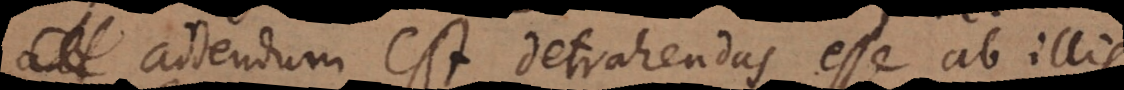
addendum est detrahendas esse ab illis